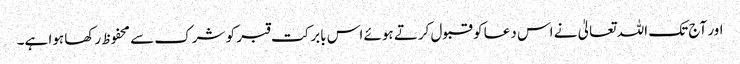
اور آج تک اللہ تعالیٰ نے اس دعا کو قبول کرتے ہوئے اس بابرکت قبر کو شرک سے محفوظ رکھا ہوا ہے۔